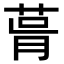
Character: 𦲭